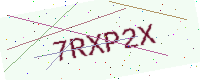
Text: 7RXP2X